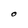
Character: O